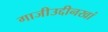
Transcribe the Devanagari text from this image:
गाजीउद्दीनखां